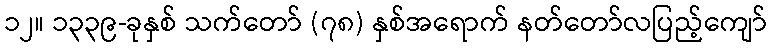
၁၂။ ၁၃၃၉-ခုနှစ် သက်တော် (၇၈) နှစ်အရောက် နတ်တော်လပြည့်ကျော်